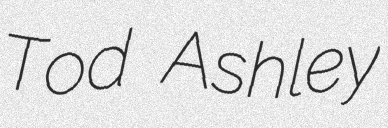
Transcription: Tod Ashley